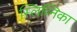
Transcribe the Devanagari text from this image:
स्लिव्निका